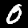
Digit: 0